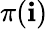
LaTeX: \pi(\mathbf{i})